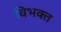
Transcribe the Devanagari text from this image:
विभक्त्त